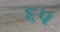
૬૫